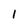
Character: I